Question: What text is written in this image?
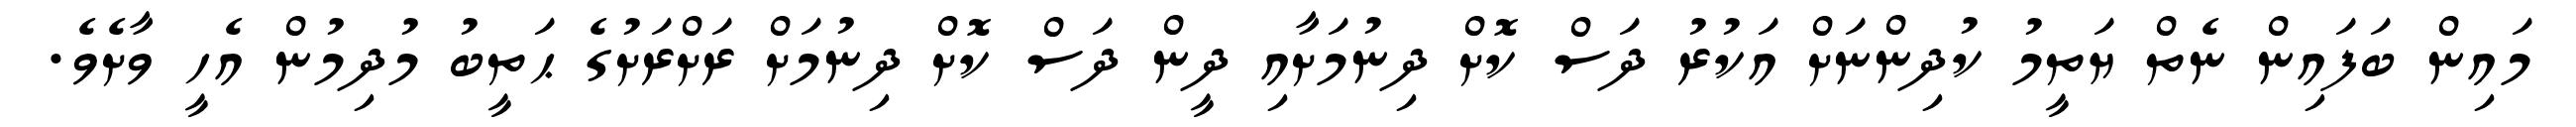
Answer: މައިން ބަފައިން ނެތް ޔަތީމު ކުދިންނަށް އަކުރު ދަސް ކޮށް ދިނުމަށާއި ދީން ދަސް ކޮށް ދިނުމަށް ރަށްރަށުގެ ޙަތީބު މުދިމުން އެހީ ވާށެވެ.